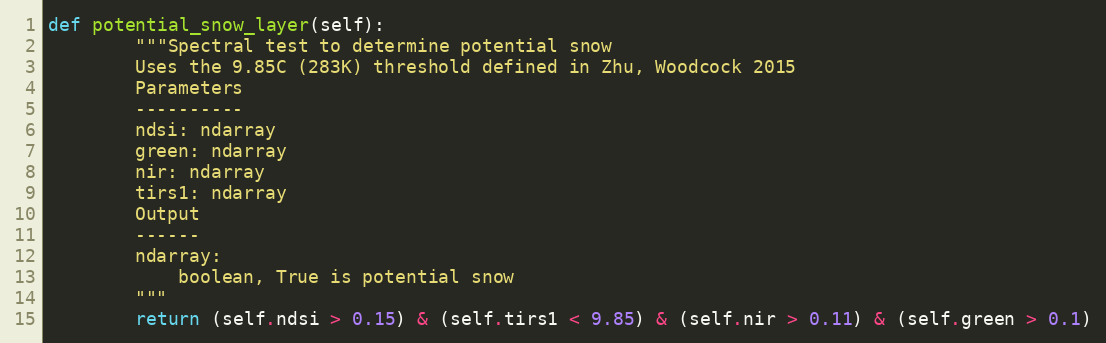
Language: Python
def potential_snow_layer(self):
        """Spectral test to determine potential snow
        Uses the 9.85C (283K) threshold defined in Zhu, Woodcock 2015
        Parameters
        ----------
        ndsi: ndarray
        green: ndarray
        nir: ndarray
        tirs1: ndarray
        Output
        ------
        ndarray:
            boolean, True is potential snow
        """
        return (self.ndsi > 0.15) & (self.tirs1 < 9.85) & (self.nir > 0.11) & (self.green > 0.1)